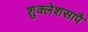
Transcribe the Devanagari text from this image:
शुक्लेशसापै